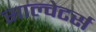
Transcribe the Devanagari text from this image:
साल्वेटर्स